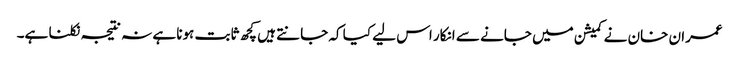
عمران خان نے کمیشن میں جانے سے انکار اس لیے کیا کہ جانتے ہیں کچھ ثابت ہونا ہے نہ نتیجہ نکلنا ہے۔